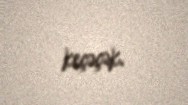
keçəçək.